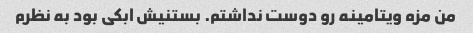
من مزه ویتامینه رو دوست نداشتم. بستنیش ابکی بود به نظرم